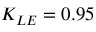
K _ { L E } = 0 . 9 5